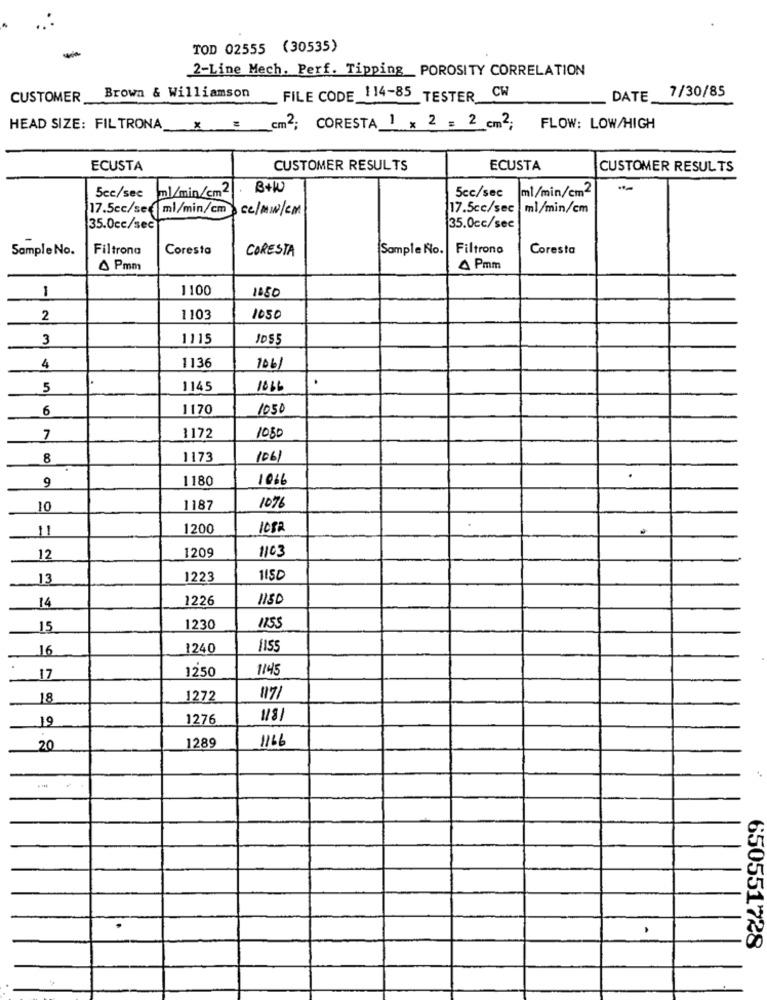
TOD 02555 (30535)
2-Line Mech. Perf. Tipping POROSITY CORRELATION
Brown & Williamson
7/30/85
CUSTOMER
FILE CODE 114-85 TESTER CW
DATE
HEAD SIZE: FILTRONA
X =
cm2; CORESTA 1 x 2 = 2 cm2;
FLOW: LOW/HIGH
ECUSTA
CUSTOMER RESULTS
ECUSTA
CUSTOMER RESULTS
ml/min/cm2.
B+W
5cc/sec
ml/min/cm2
5cc/sec
ce/mw/cm
17.5cc/sec |ml/min/cm
35.0cc/sec
35.0cc/sec
Sample No.
Filtrona
Coresta
CORESTA
Sample No.
Filtrono
Coresta
^ Pmm
A Pmm
1
1100
1080
2
1103
1050
3
1115
1055
4
1136
1061
5
1145
1666
6
1170
1050
1050
7
1172
8
1173
1061
9
1180
1016
.
10
1187
1076
11
1200
1209
1103
12
13
1223
1150
1226
14
15
1230
1155
16
1240
1155
1250
11:45
17
18
1272
117
19
1276
1289
1166
20
-
650551728